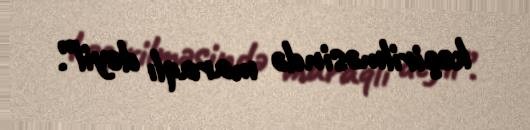
keçirilməsində maraqlı deyil”.